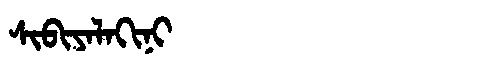
Manchu: ᠰᡳᠪᡳᠶᠠᠯᠠᡴᡳᠨᡳ
Romanization: SIBIYALAKINI